Annual report of the Bengal Veterinary College and of the Civil Veterinary Department, Bengal, for the year 1917-18 - 1917-1918
Year: 1917
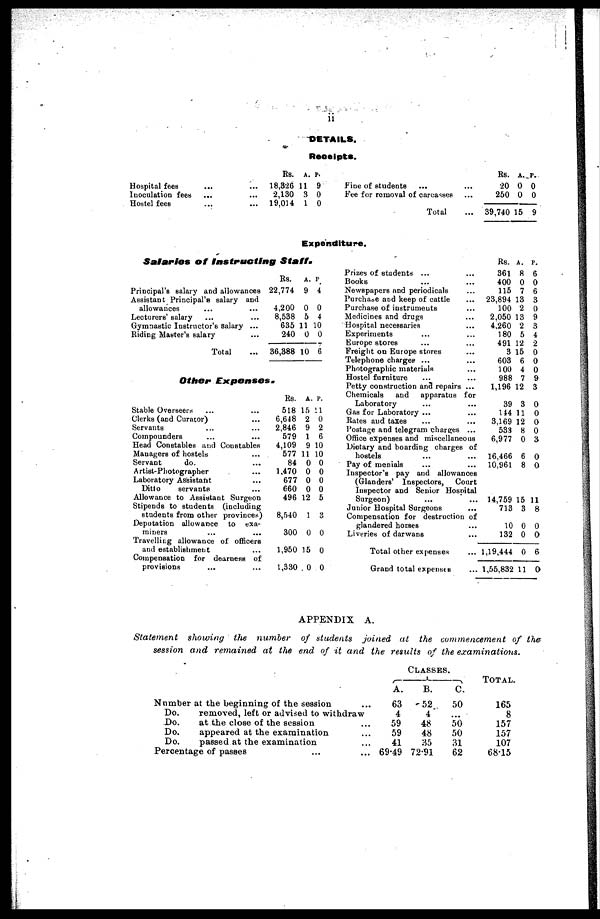
DETAILS.
Receipts.
Hospital fees ... ...
Inoculation fees ... ...
Hostel fees ... ...
Rs.
18,326
2,130
19,014
A.
11
3
1
P.
9
0
0
Fine of students ... ...
Fee for removal of carcasses ...
Total ...
Rs.
20
250
39,740
A.
0
0
15
P.
0
0
9
Expenditure.
Salaries
of Instructing Staff.
Principal's salary and allowances
Assistant Principal's salary and
allowances ... ...
Lecturers' salary ... ...
Gymnastic Instructor's salary ...
Riding Master's salary ...
Total ...
Rs.
22,774
4,200
8,538
635
240
36,388
A.
9
0
5
11
0
10
P.
4
0
4
10
0
6
Other
Expenses.
Stable Overseers ... ...
Clerks (and Curator) ...
Servants ... ...
Compounders ... ...
Head Constables and Constables
Managers of hostels ...
Servant
do. ...
Artist-Photographer ...
Laboratory Assistant ...
Ditto
servants ...
Allowance to Assistant Surgeon
Stipends to students (including
students from other provinces)
Deputation allowance to exa-
miners ... ...
Travelling allowance of officers
and establishment ...
Compensation for dearness of
provisions ... ...
Rs.
518
6,648
2,846
579
4,109
577
84
1,470
677
660
496
8,540
300
1,950
1,330
A.
15
2
9
1
9
11
0
0
0
0
12
1
0
15
0
P.
11
0
2
6
10
10
0
0
0
0
5
3
0
0
0
Prizes of students ... ...
Books ... ...
Newspapers and periodicals ...
Purchase and keep of cattle ...
Purchase of instruments ...
Medicines and drugs ...
Hospital necessaries ...
Experiments ... ...
Europe stores ... ...
Freight on Europe stores ...
Telephone charges ... ...
Photographic materials ...
Hostel furniture ... ...
Petty construction and repairs ...
Chemicals
and
apparatus for
Laboratory ... ...
Gas for Laboratory ... ...
Rates and taxes ... ...
Postage and telegram charges ...
Office expenses and miscellaneous
Dietary and boarding charges of
hostels ... ...
Pay of menials ... ...
Inspector's pay and allowances
(Glanders' Inspectors,
Court
Inspector and Senior Hospital
Surgeon) ... ...
Junior Hospital Surgeons ...
Compensation for destruction of
glandered horses ...
Liveries of darwans ...
Total other expenses ...
Grand total expenses ...
Rs.
361
400
115
23,894
100
2.050
4,260
180
491
3
603
100
988
1,196
39
144
3.169
533
6,977
16,466
10,961
14,759
713
10
132
1,19,444
1,55,832
A.
8
0
7
13
2
13
2
5
12
15
6
4
7
12
3
11
12
8
0
6
8
15
3
0
0
0
11
P.
6
0
6
3
0
9
3
4
2
0
0
0
9
3
0
0
0
0
3
0
0
11
8
0
0
6
0
APPENDIX A.
Statement
showing the number of students joined at the commencement of the
session and remained at the end of it and the results of the examinations.
Number at the beginning of the session ...
Do.
removed, left or advised to withdraw
Do.
at the close of the session ...
Do.
appeared at the examination ...
Do.
passed at the examination ...
Percentage of passes ... ...
CLASSES.
A.
63
4
59
59
41
69.49
B.
52
4
48
48
35
72.91
C.
50
...
50
50
31
62
TOTAL.
165
8
157
157
107
68.15